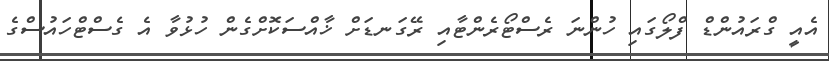
އެއީ ގްރައުންޑް ފްލޯގައި ހުންނަ ރެސްޓޯރެންޓާއި ރޭގަނޑަށް ޚާއްސަކޮށްގެން ހުޅުވާ އެ ގެސްޓްހައުސްގެ